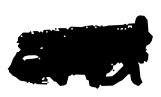
Text: and
Cross-out: scratch
Writing tool: digital_black